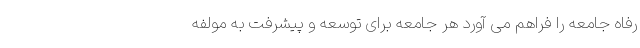
رفاه جامعه را فراهم می آورد هر جامعه برای توسعه و پیشرفت به مولفه